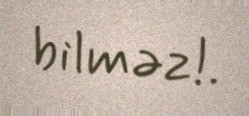
bilməz!.